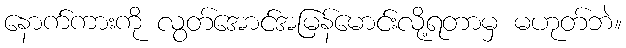
နောက်ကားကို လွတ်အောင်အမြန်မောင်းလို့ရတာမှ မဟုတ်ဘဲ။